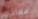
معاني